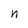
Character: n